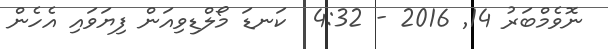
ނޮވެމްބަރު 14